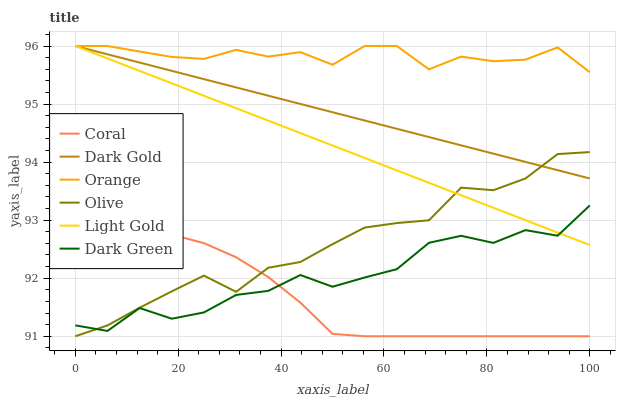
| xaxis_label | Coral | Dark Gold | Orange | Olive | Light Gold | Dark Green |
 | --- | --- | --- | --- | --- | --- | --- |
 | 0 | 92.6 | 96 | 96 | 91 | 96 | 91.2 |
 | 6.25 | 92.7 | 95.9 | 96 | 91.2 | 95.8 | 91.1 |
 | 12.5 | 92.8 | 95.7 | 95.9 | 91.5 | 95.6 | 91.5 |
 | 18.8 | 92.7 | 95.6 | 95.8 | 91.8 | 95.4 | 91.3 |
 | 25 | 92.6 | 95.4 | 95.8 | 92 | 95.1 | 91.4 |
 | 31.2 | 92.4 | 95.3 | 95.9 | 91.8 | 94.9 | 91.7 |
 | 37.5 | 92 | 95.1 | 95.8 | 92.2 | 94.7 | 91.8 |
 | 43.8 | 91.6 | 95 | 95.9 | 92.3 | 94.5 | 92.1 |
 | 50 | 91 | 94.9 | 95.7 | 92.6 | 94.3 | 91.9 |
 | 56.2 | 91 | 94.7 | 96 | 92.9 | 94.1 | 92 |
 | 62.5 | 91 | 94.6 | 96 | 92.9 | 93.9 | 92.2 |
 | 68.8 | 91 | 94.4 | 95.6 | 93 | 93.6 | 92.6 |
 | 75 | 91 | 94.3 | 95.8 | 93.6 | 93.4 | 92.7 |
 | 81.2 | 91 | 94.1 | 95.7 | 93.5 | 93.2 | 92.6 |
 | 87.5 | 91 | 94 | 95.8 | 93.7 | 93 | 92.8 |
 | 93.8 | 91 | 93.9 | 96 | 94.1 | 92.8 | 92.7 |
 | 100 | 91 | 93.7 | 95.5 | 94.2 | 92.6 | 93.3 |